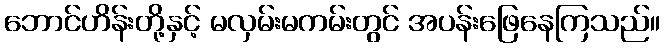
ဘောင်ဟိန်းတို့နှင့် မလှမ်းမကမ်းတွင် အပန်းဖြေနေကြသည်။